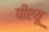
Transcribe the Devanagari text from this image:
पीएयू